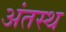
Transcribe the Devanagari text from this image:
अंतस्‍थ